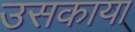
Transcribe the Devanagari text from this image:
उसकाया